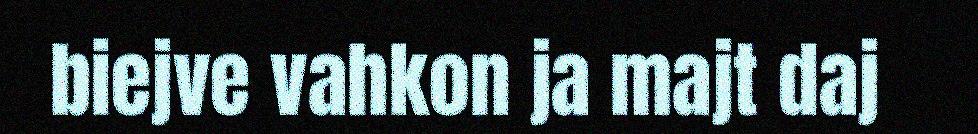
biejve vahkon ja majt daj